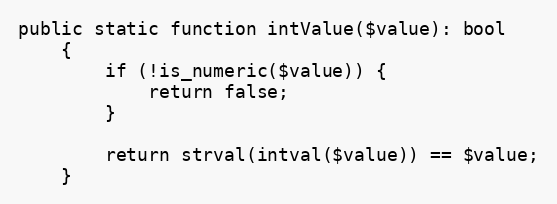
Language: PHP
public static function intValue($value): bool
    {
        if (!is_numeric($value)) {
            return false;
        }

        return strval(intval($value)) == $value;
    }